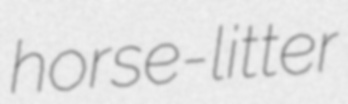
horse-litter